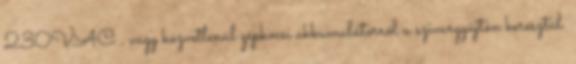
230VAC , vagy közvetlenül gépkocsi akkumulátorról a szivargyújtón keresztül.